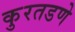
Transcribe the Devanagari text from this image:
कुरतडणे